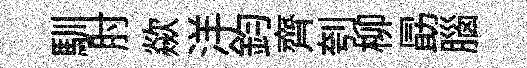
馴肘歘洋鈞齊刳柳勗腦